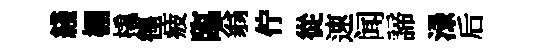
綫棚橇徨疲臨翁佇從速闻諦渌后